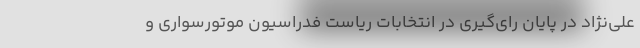
علی‌نژاد در پایان رای‌گیری در انتخابات ریاست فدراسیون موتورسواری و